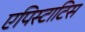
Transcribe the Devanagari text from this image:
एपिस्टाटिस